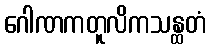
ဂေါဏကတူလိကသန္ထတံ